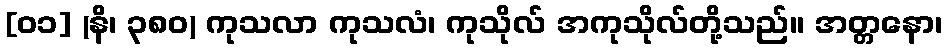
[၀၁] (နိ၊ ၃၈၀) ကုသလာ ကုသလံ၊ ကုသိုလ် အကုသိုလ်တို့သည်။ အတ္တနော၊